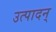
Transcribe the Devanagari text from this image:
उत्पादन्